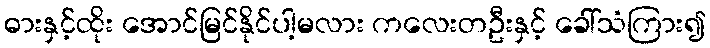
ဓားနှင့်ထိုး အောင်မြင်နိုင်ပါ့မလား ကလေးတဦးနှင့် ခေါ်သံကြား၍